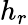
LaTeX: h_{r}